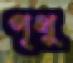
পৃথু